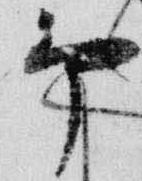
予